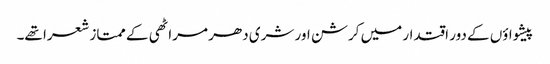
پیشواؤں کے دور اقتدار میں کرشن اور شری دھر مراٹھی کے ممتاز شعرا تھے۔